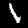
Label: 1